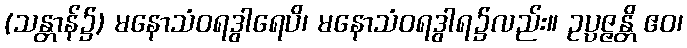
(သန္တာန်၌) မနောသံဝရဒွါရေပိ၊ မနောသံဝရဒွါရ၌လည်း။ ဥပ္ပဇ္ဇန္တိ ဧဝ၊